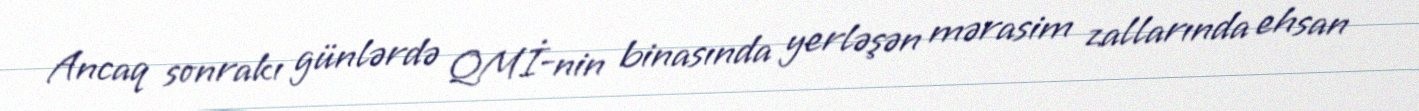
Ancaq sonrakı günlərdə QMİ-nin binasında yerləşən mərasim zallarında ehsan